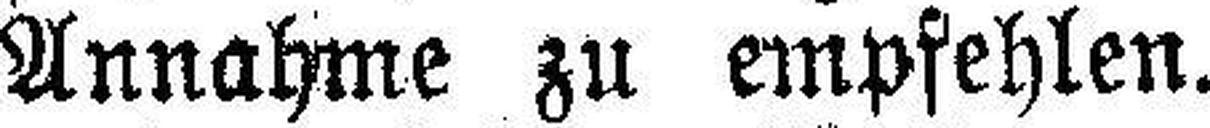
Annahme zu empfehlen.